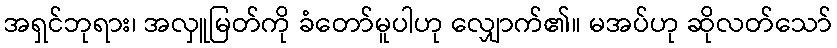
အရှင်ဘုရား၊ အလှူမြတ်ကို ခံတော်မူပါဟု လျှောက်၏။ မအပ်ဟု ဆိုလတ်သော်